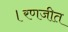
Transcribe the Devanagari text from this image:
।रणजीत